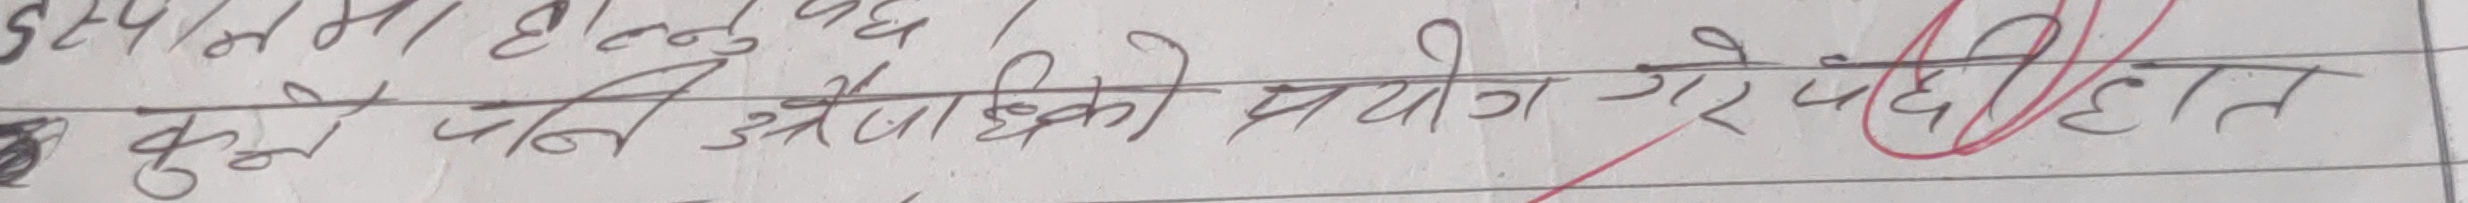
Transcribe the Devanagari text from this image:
कुनै पनि औषधिको प्रयोग गरेपछि हात